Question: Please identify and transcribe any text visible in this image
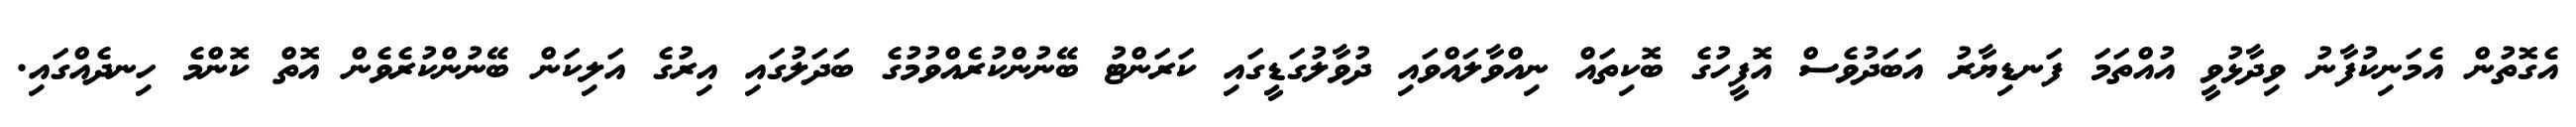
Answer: އެގޮތުން އެމަނިކުފާނު ވިދާޅުވީ އުއްތަމަ ފަނޑިޔާރު އަބަދުވެސް އޮފީހުގެ ބޮކިތައް ނިއްވާލައްވައި ދުވާލުގަޑީގައި ކަރަންޓު ބޭނުންކުރެއްވުމުގެ ބަދަލުގައި އިރުގެ އަލިކަން ބޭނުންކުރެވެން އޮތް ކޮންމެ ހިނދެއްގައި.